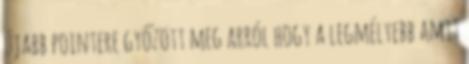
újabb pointere győzött meg arról hogy a legmélyebb amit